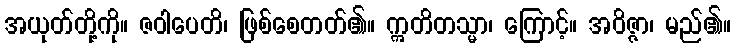
အယုတ်တို့ကို။ ဇဝါပေတိ၊ ဖြစ်စေတတ်၏။ ဣတိတသ္မာ၊ ကြောင့်။ အဝိဇ္ဇာ၊ မည်၏။